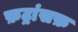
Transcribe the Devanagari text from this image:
फ़ट्रांसफ़